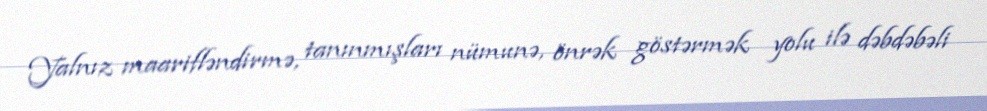
Yalnız maarifləndirmə, tanınmışları nümunə, önrək göstərmək yolu ilə dəbdəbəli